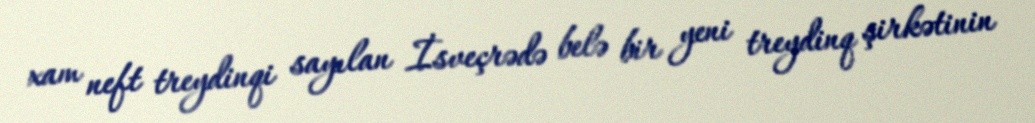
xam neft treydinqi sayılan İsveçrədə belə bir yeni treydinq şirkətinin